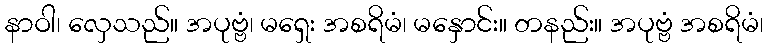
နာဝါ၊ လှေသည်။ အပုဗ္ဗံ၊ မရှေး အစရိမံ၊ မနှောင်း။ တနည်း။ အပုဗ္ဗံ အစရိမံ၊